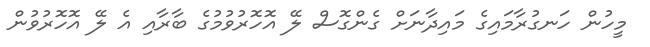
މީހުން ހަނގުރާމައިގެ މައިދާނަށް ގެންގޮސް ލޭ އޮހޮރުވުމުގެ ބާރާއި އެ ލޭ އޮހޮރުވުން